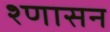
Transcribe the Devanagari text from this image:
श्णासन